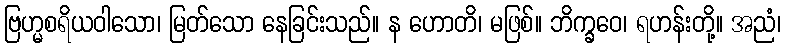
ဗြဟ္မစရိယဝါသော၊ မြတ်သော နေခြင်းသည်။ န ဟောတိ၊ မဖြစ်။ ဘိက္ခဝေ၊ ရဟန်းတို့။ အညံ၊